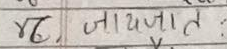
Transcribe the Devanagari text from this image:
यह जायजात :